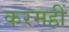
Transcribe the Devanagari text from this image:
करमहीं